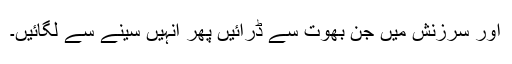
اور سرزنش میں جن بھوت سے ڈرائیں پھر انہیں سینے سے لگائیں۔